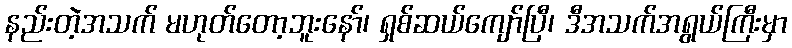
နည်းတဲ့အသက် မဟုတ်တော့ဘူးနော်၊ ရှစ်ဆယ်ကျော်ပြီ၊ ဒီအသက်အရွယ်ကြီးမှာ